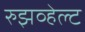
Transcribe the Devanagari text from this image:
रुझव्हेल्ट